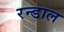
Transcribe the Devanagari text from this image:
रन्डाल